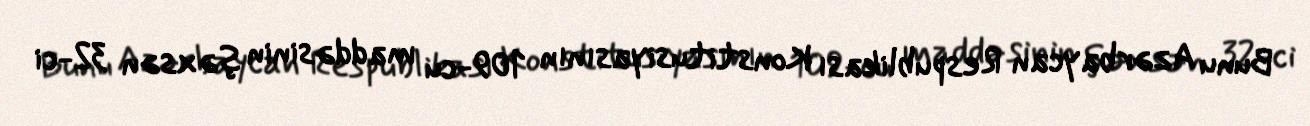
Bunu Azərbaycan Respublikası Konstitusiyasının 109-cu maddəsinin şəxsən 32-ci